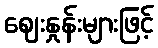
ဈေးနှုန်းများဖြင့်